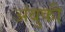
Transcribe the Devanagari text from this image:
अंबुकी